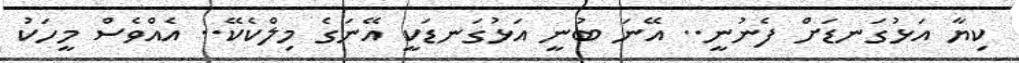
ކިޔާ އަޅުގަނޑަށް ފެނުނީ.. އޭނަ ބުނީ އަޅުގަނޑަކީ އޭނަގެ މިލްކެކޭ.. އެއްވެސް މީހަކު